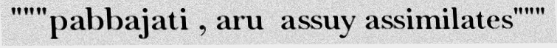
"""pabbajati , aru  assuy assimilates"""